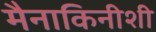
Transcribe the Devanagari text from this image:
मैनाकिनीशी